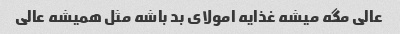
عالی مگه میشه غذایه امولای بد باشه مثل همیشه عالی